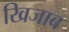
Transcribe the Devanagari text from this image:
खिजाब